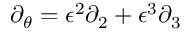
\begin{array} { r } { \partial _ { \theta } = \epsilon ^ { 2 } \partial _ { 2 } + \epsilon ^ { 3 } \partial _ { 3 } } \end{array}